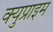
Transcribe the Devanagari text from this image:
क्युप्राइम